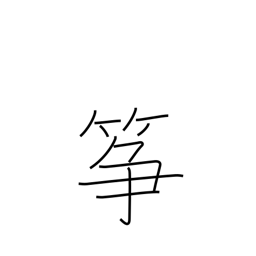
Meaning: koto